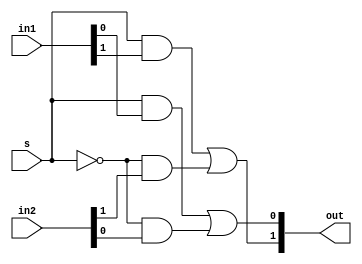
module mux2_1(in1,in2,s,out);
input [1:0] in1,in2;
input s;
output [1:0] out;

wire not_s,and1_1out,and1_0out,and2_1out,and2_0out;
not not1(not_s,s);

and and1_1(and1_1out,s,in1[1]);
and and1_0(and1_0out,s,in1[0]);
and and2_1(and2_1out,not_s,in2[1]);
and and2_0(and2_0out,not_s,in2[0]);

or or1(out[1],and1_1out,and2_1out);
or or2(out[0],and1_0out,and2_0out);
endmodule